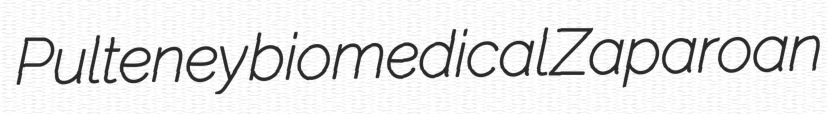
Pulteney biomedical Zaparoan